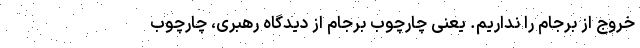
خروج از برجام را نداریم. یعنی چارچوب برجام از دیدگاه رهبری، چارچوب